Code of medical and sanitary regulations for the guidance of medical officers serving in the Madras Presidency - Volume I
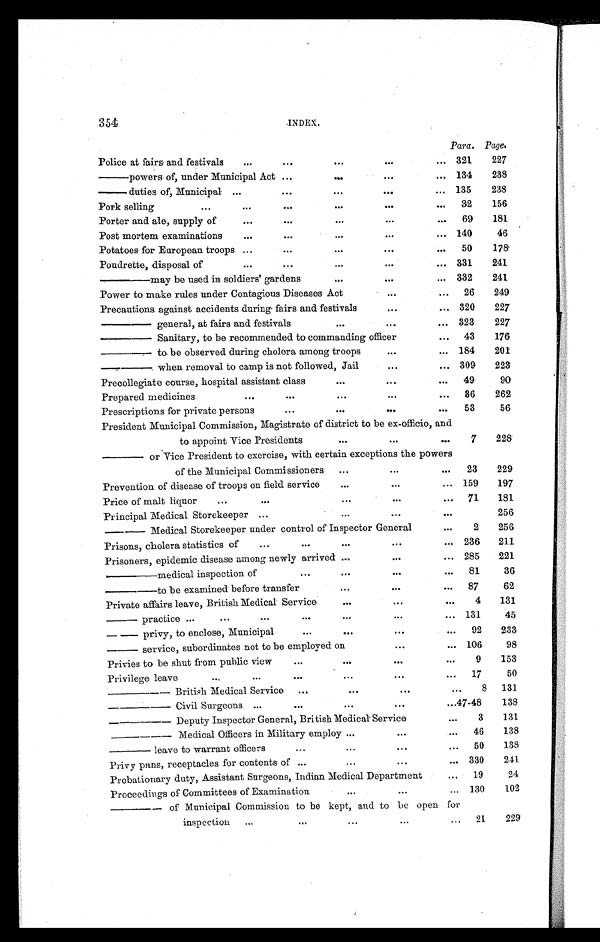
354
INDEX.
Para. Page.
Police at fairs and festivals
. . .
...
...
...
... 321
227
— p o w e r s o f , u n d e r M u n i c i p a l A c t ...
...
...
... 134
238
— duties of, Municipal
. . .
...
...
...
... 135
238
Pork selling
...
...
...
...
...
...
32
156
Porter and ale, supply of
...
...
...
...
... 69
181
Post mortem examinations
. . . ...
...
...
... 140
46
Potatoes for European troops ...
...
...
...
...
50
178
Poudrette, disposal of
. . . ...
...
...
... 331
241
—— may be used in soldiers' gardens
...
...
... 332
241
Power to make rules under Contagious Diseases Act
...
... 26
249
Precautions against accidents during fairs and festivals
...
... 320
227
—— general, at fairs and festivals
...
...
... 323
227
—— Sanitary, to be recommended to commanding officer
... 43
176
— — t o b e o b s e r v e d d u r i n g c h o l e r a a m o n g t r o o p s
...
... 184
201
—— when removal to camp is not followed, Jail
...
... 309
223
Precollegiato course, hospital assistant class
...
...
...
49
90
Prepared medicines
. . . ...
...
...
. . .
86
262
Prescriptions for private persons
...
...
...
...
53
56
President Municipal Commission, Magistrate of district to be ex-officio, and
to appoint Vice Presidents
...
...
. . .
7
228
— or Vice President to exercise, with certain exceptions the powers
of the Municipal Commissioners
...
...
...
23
229
Prevention of disease of troops on field service
...
...
... 159
197
Price of malt liquor
. . .
. . .
...
...
... 71
181
Principal Medical Storekeeper ...
...
. . .
...
256
— Medical Storekeeper under control of Inspector General
...
2
256
Prisons, cholera statistics of
...
...
...
...
... 236
211
Prisoners, epidemic disease among newly arrived ...
...
... 285
221
— — m e d i c a l i n s p e c t i o n o f
...
...
. . .
. . .
81
36
— — t o b e e x a m i n e d b e f o r e t r a n s f e r
...
...
... 87
62
Private affairs leave, British Medical Service
...
...
...
4
131
— practice ...
. . .
. . .
...
...
...
... 131
45
— privy, to enclose, Municipal
. . .
...
...
...
92
233
— service, subordinates not to be employed on
. . .
. . . 106
98
Privies to be shut from public view
. . .
...
...
...
9
153
Privilege leave
...
...
...
...
. . .
. . . 17
50
—— British Medical Service ...
...
. . .
... 8 131
—— Civil Surgeons ...
...
...
...
...47-48
138
—— Deputy Inspector General, British Medical Service
. . .
3
131
—— Medical Officers in Military employ ...
...
...
46
138
— leave to warrant officers
...
...
...
... 50
138
Privy pans, receptacles for contents of ...
...
...
... 330
241
Probationary duty, Assistant Surgeons, Indian Medical Department
... 19
24
Proceedings of Committees of Examination
...
...
... 130
102
— — o f M u n i c i p a l C o m m i s s i o n t o b e k e p t , a n d t o b e o p e n f o r
inspection . . .
...
...
. . .
... 21
229